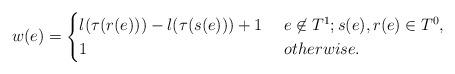
LaTeX: \begin{align*}w(e) & = \begin{cases}l(\tau(r(e)))-l(\tau(s(e)))+1 & \ e\not\in T^1; s(e), r(e)\in T^0,\\1 & \ otherwise. \end{cases}\end{align*}